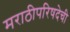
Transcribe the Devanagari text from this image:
मराठीपरिषदेची